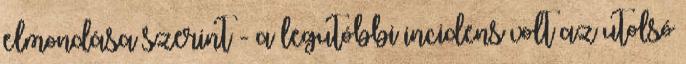
elmondása szerint - a legutóbbi incidens volt az utolsó